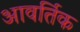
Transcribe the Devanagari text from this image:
आवर्तिक